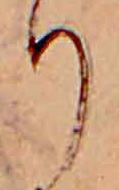
り